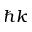
\hbar k